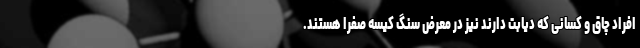
افراد چاق و کسانی که دیابت دارند نیز در معرض سنگ کیسه صفرا هستند.